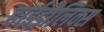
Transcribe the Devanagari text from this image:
हाईड्रौलिक्स